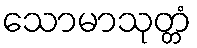
သောမာသုတ္တံ